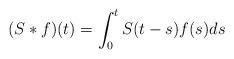
LaTeX: \begin{align*}(S\ast f)(t)=\int_{0}^{t}S(t-s)f(s)ds\end{align*}